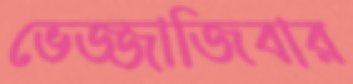
ভেজ্জাজিবার